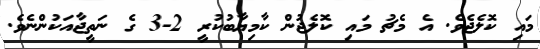
މައި ކޮލެޖެވެ. އެ މެޗު މައި ކޮލެޖުން ކާމިޔާބުކުރީ 2-3 ގެ ނަތީޖާއަކުންނެވެ.